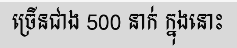
ច្រើនជាង 500 នាក់ ក្នុងនោះ